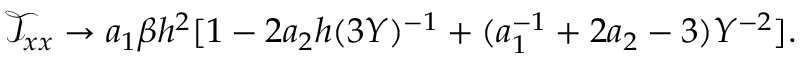
\mathcal { T } _ { x x } \to a _ { 1 } \beta h ^ { 2 } [ 1 - 2 a _ { 2 } h ( 3 Y ) ^ { - 1 } + ( a _ { 1 } ^ { - 1 } + 2 a _ { 2 } - 3 ) Y ^ { - 2 } ] .